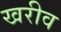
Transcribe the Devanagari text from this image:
खरीव